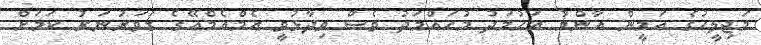
މަޖިލީހުގެ އަމީން އާންމު އަހުމަދު މުހައްމަދު ވެސް ވިދާޅުވީ އެމްއެމްއޭގެ ގަވަރުނަރު ކަމަށް